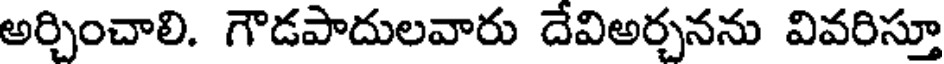
అర్చించాలి. గౌడపాదులవారు దేవిఅర్చనను వివరిస్తూ